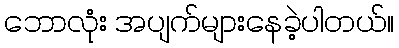
ဘောလုံး အပျက်များနေခဲ့ပါတယ်။